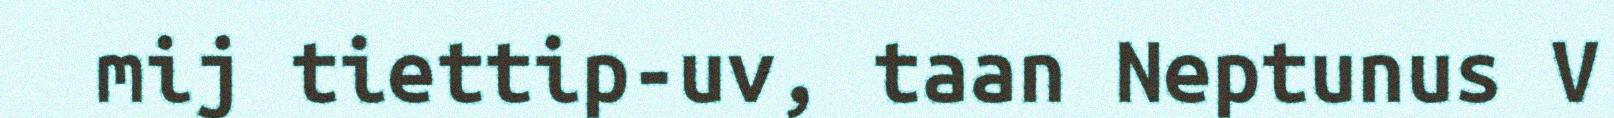
mij tiettip-uv, taan Neptunus V